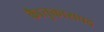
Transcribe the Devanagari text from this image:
काैतुकासपद